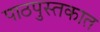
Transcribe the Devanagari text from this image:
पाठपुस्तकात